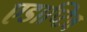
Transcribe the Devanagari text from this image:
एडाप्टिव